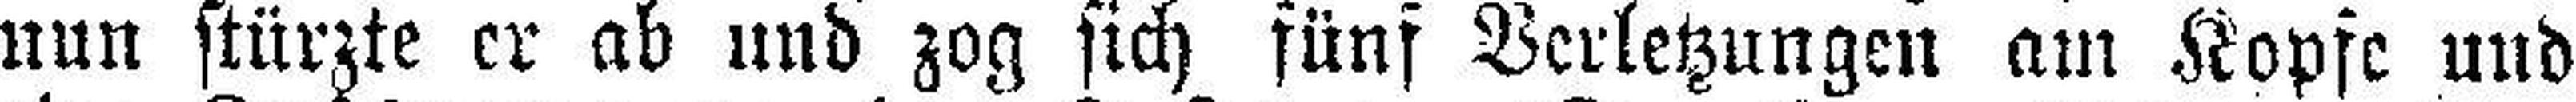
nun stürzte er ab und zog sich fünf Verletzungen am Kopfe und